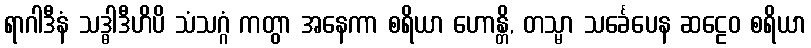
ရာဂါဒီနံ သဒ္ဓါဒီဟိပိ သံသဂ္ဂံ ကတွာ အနေကာ စရိယာ ဟောန္တိ, တသ္မာ သင်္ခေပေန ဆဠေဝ စရိယာ